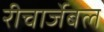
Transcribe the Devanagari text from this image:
रीचार्जेबल